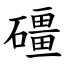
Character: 礓